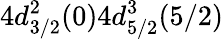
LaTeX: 4d_{3/2}^{2}(0)4d_{5/2}^{3}(5/2)